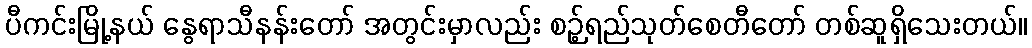
ပီကင်းမြို့နယ် နွေရာသီနန်းတော် အတွင်းမှာလည်း စဉ့်ရည်သုတ်စေတီတော် တစ်ဆူရှိသေးတယ်။